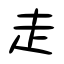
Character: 走